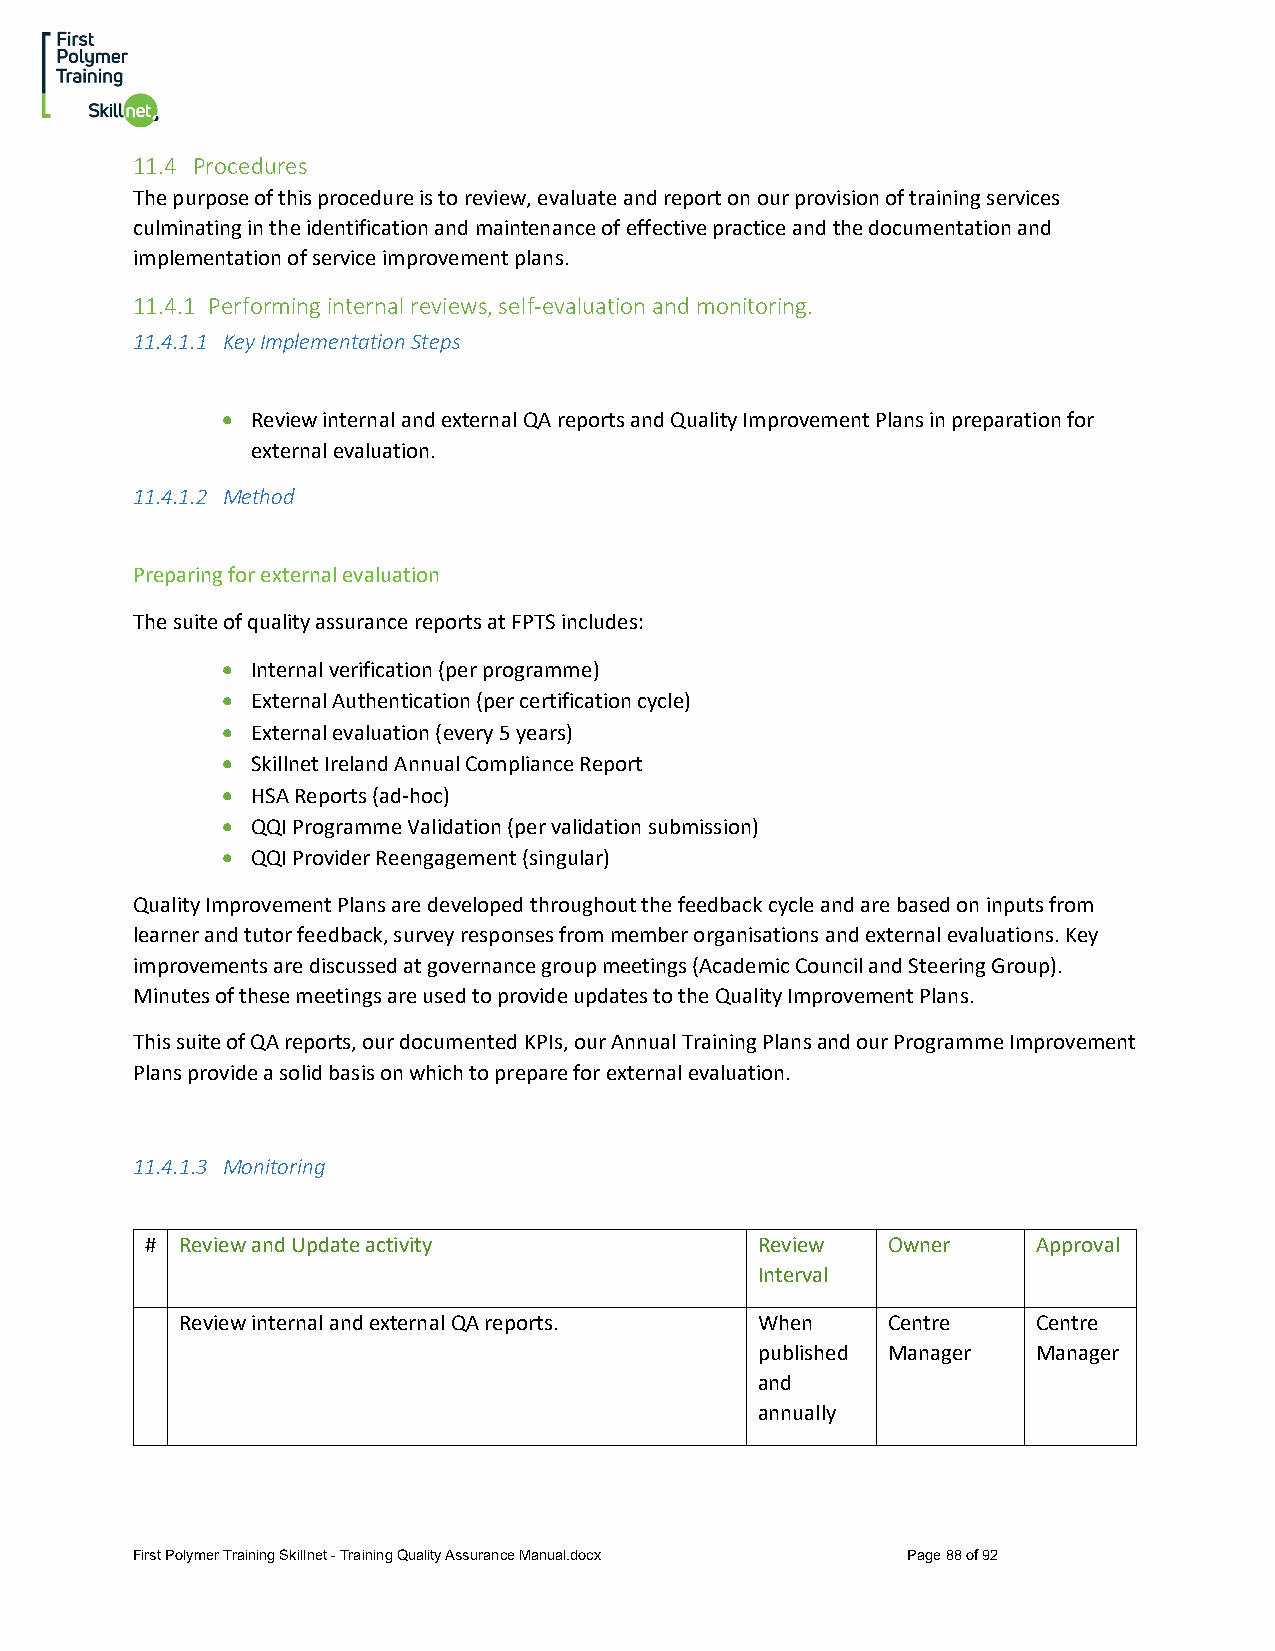
11.4 Procedures
 The purpose of this procedure is to review, evaluate and report on our provision of training services
 culminating in the identification and maintenance of effective practice and the documentation and
 implementation of service improvement plans.
 11.4.1 Performing internal reviews, self-evaluation and monitoring.
 11.4.1.1 Key Implementation Steps
 • Review internal and external QA reports and Quality Improvement Plans in preparation for
 external evaluation.
 11.4.1.2 Method
 Preparing for external evaluation
 The suite of quality assurance reports at FPTS includes:
 • Internal verification (per programme)
 • External Authentication (per certification cycle)
 • External evaluation (every 5 years)
 • Skillnet Ireland Annual Compliance Report
 • HSA Reports (ad-hoc)
 • QQI Programme Validation (per validation submission)
 • QQI Provider Reengagement (singular)
 Quality Improvement Plans are developed throughout the feedback cycle and are based on inputs from
 learner and tutor feedback, survey responses from member organisations and external evaluations. Key
 improvements are discussed at governance group meetings (Academic Council and Steering Group).
 Minutes of these meetings are used to provide updates to the Quality Improvement Plans.
 This suite of QA reports, our documented KPIs, our Annual Training Plans and our Programme Improvement
 Plans provide a solid basis on which to prepare for external evaluation.
 11.4.1.3 Monitoring
 # Review and Update activity            Review   Owner     Approval
 Interval
 Review internal and external QA reports. When  Centre    Centre
 published Manager  Manager
 and
 annually
 First Polymer Training Skillnet - Training Quality Assurance Manual.docx Page 88 of 92